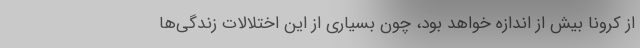
از کرونا بیش از اندازه خواهد بود، چون بسیاری از این اختلالات زندگی‌ها